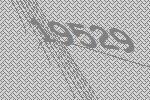
19529